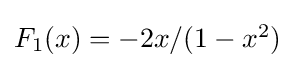
{\textstyle F_{1}(x)=-2x/(1-x^{2})}